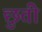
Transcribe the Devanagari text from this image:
छुती